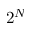
2 ^ { N }